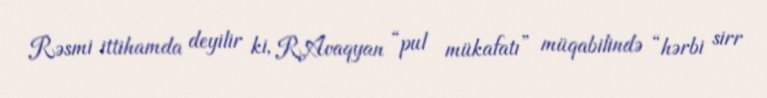
Rəsmi ittihamda deyilir ki, R.Avaqyan “pul mükafatı” müqabilində “hərbi sirr